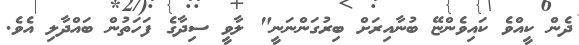
ދެން ކީއްވެ ކައިވެންޏޭ ބުނާއިރަށް ބިރުގަންނަނީ" ލާވީ ސިދާގެ ފަހަތުން ބައްދާލި އެވެ.